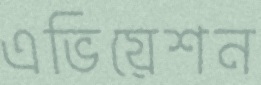
এভিয়েশন